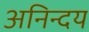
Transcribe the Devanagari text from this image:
अनिन्दय